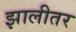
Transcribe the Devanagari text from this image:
झालीतर